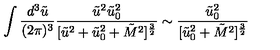
\int \frac { d ^ { 3 } \tilde { u } } { ( 2 \pi ) ^ { 3 } } \frac { \tilde { u } ^ { 2 } \tilde { u } _ { 0 } ^ { 2 } } { [ \tilde { u } ^ { 2 } + \tilde { u } _ { 0 } ^ { 2 } + \tilde { M } ^ { 2 } ] ^ { \frac { 3 } { 2 } } } \sim \frac { \tilde { u } _ { 0 } ^ { 2 } } { [ \tilde { u } _ { 0 } ^ { 2 } + \tilde { M } ^ { 2 } ] ^ { \frac { 3 } { 2 } } }